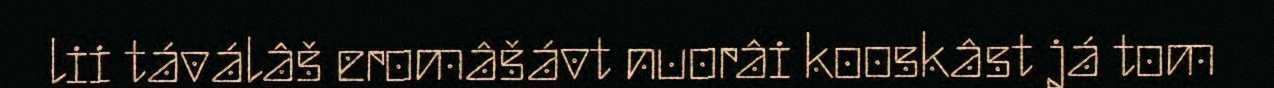
lii táválâš eromâšávt nuorâi kooskâst já tom